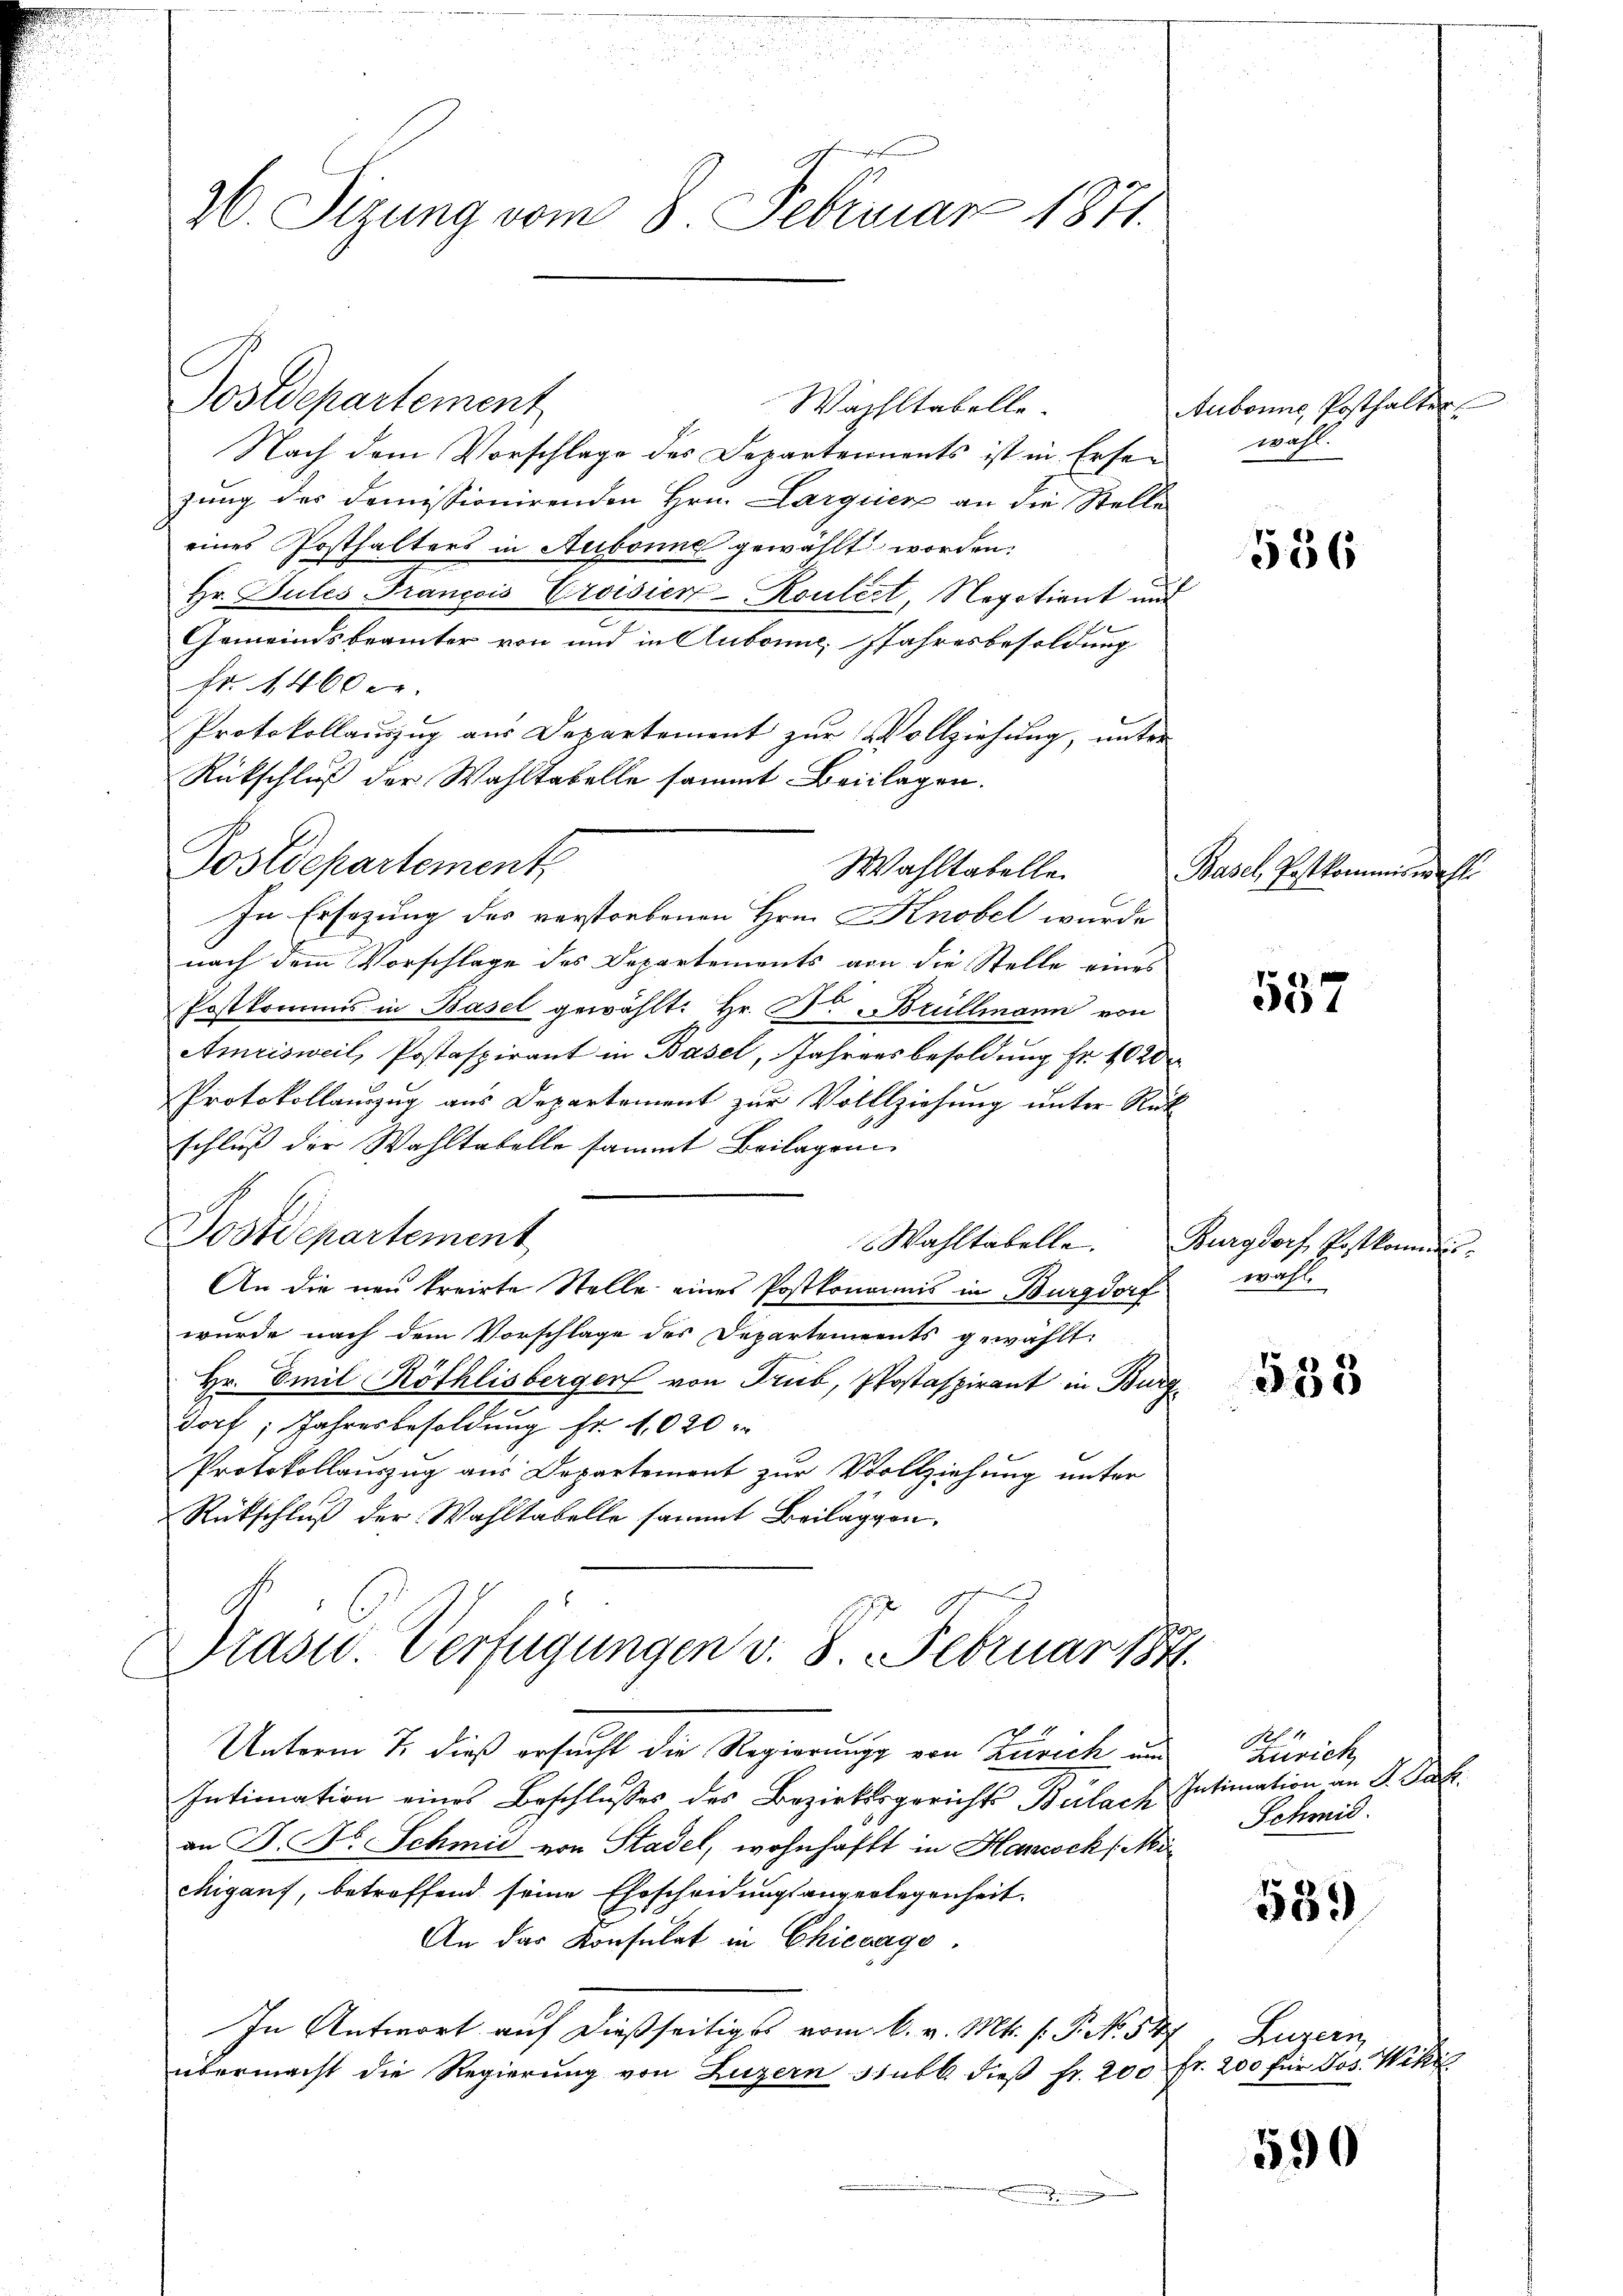
26. Sizung vom 8. Februar 1871.

Postdepartement

Wachstabelle.

Nach dem Vorschlage des Departennents ist in Ersezung des Domissionirenden Hrn. Largiiere an die Stelle
eines Posthalters in Aubonne gewählt worden.
Hr. Jules François Croisier-Rouléct, Negotiant und
2
Gemeindsbeamter von und in Aubonne, Jahresbesoldung
fr. 1400 er
Protokollaŭszŭg aŭs Departement zŭr Vollziehŭng ŭnter
Rückschluß der Wahltabelle sammt Beilagen.
nach dem Vorschlage des Departements von die Stelle eines
Postkommis in Basel gewählt: Hr. Dr. Brüllmann von
Amrisweil, Postaspirant in Basel, Jahrensbesoldung Fr. 1020
Protokollauszug aus Departement zur Vollziehung unter Rück
schluß der Wahltabelle sammt Beilagen
Dostdepartement
Wahltabelle. Burgdorf Postkomme
An die non treirte Stelle eines Postkomannis in Burgdorf wahl
wurde nach dem Vorschlage des Departements gewählt:
Hr. Emil Röthlisberger von Trub, Postaspirant in Burg
dorf; Jahresbesoldung fr. 1020
Protokollauszug aus Departement zur Vollziehung unter
Rückschluß der Wahltabelle sammt Beilaggen,

Postdepartement
Wahltabelle
In Ersezung des verstorbenen Hrn. Knobel wurde

Präsid. Verfügungen v. 8. Februar 184

Intimation eines Beschlusses des Bezirksgerichts Bülach
an J. F. Schmid von Stadel, wohnhaft in Hancock (Mi
Migant, betreffend seine Ehrscheidungsangerlegenheit.
An der Konsulat in Chicago
In Antwort auf dießseitiges vom 6. v. Mts. f. P. No. 527, Luzern
übermacht die Regierung von Luzern stubl. dieβ fr. 200 fr. 200 für Jos. Wik
e

Aubonne Posthalter
wahl.

Unterm 7. dieß ersucht die Regierungs von Zürich un

536

Basel, Postkommiss.

557

535

No. 11
Zürich
Intimation an S. Pat
Schmid.

539

590